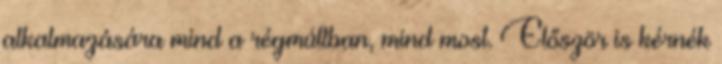
alkalmazására mind a régmúltban, mind most. Először is kérnék